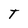
Character: T